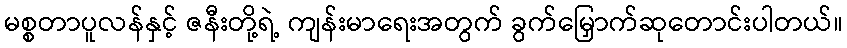
မစ္စတာပူလန်နှင့် ဇနီးတို့ရဲ့ ကျန်းမာရေးအတွက် ခွက်မြှောက်ဆုတောင်းပါတယ်။